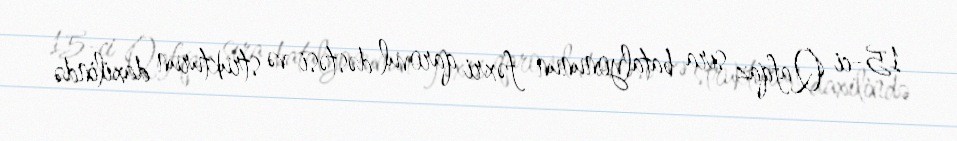
15-ci Qafqaz sıra batalyonunun fəxri qarovul dəstəsi və strukturun daxilində